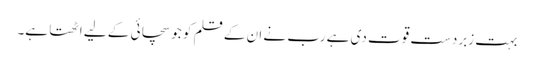
بہت زبردست قوت دی ہے رب نے ان کے قلم کو جو سچائی کے لیے اٹھتا ہے۔